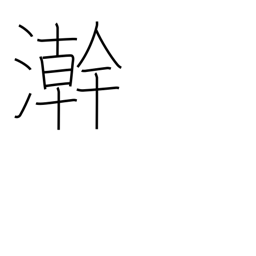
Meaning: wash